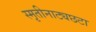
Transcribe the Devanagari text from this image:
स्मृतीनाट्यछटा